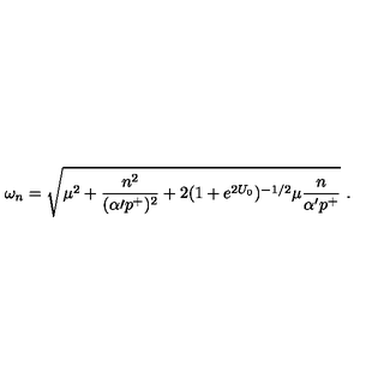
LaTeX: \omega _ { n } = \sqrt { \mu ^ { 2 } + { \frac { n ^ { 2 } } { ( \alpha { \prime } p ^ { + } ) ^ { 2 } } } + 2 ( 1 + e ^ { 2 U _ { 0 } } ) ^ { - 1 / 2 } \mu { \frac { n } { \alpha ^ { \prime } p ^ { + } } } } \ .